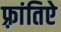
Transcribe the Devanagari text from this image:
फ़्रांतिऐ